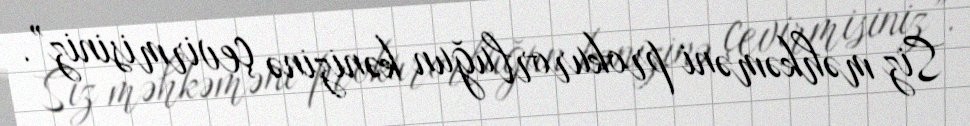
Siz məhkəməni prokurorluğun kənizinə çevirmisiniz”.